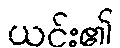
ယင်း၏